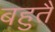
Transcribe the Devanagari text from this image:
बहुतै